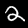
Digit: 2